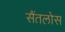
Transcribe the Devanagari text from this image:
सैंतलोस